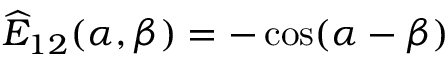
{ \widehat E } _ { 1 2 } ( \alpha , \beta ) = - \cos ( \alpha - \beta )